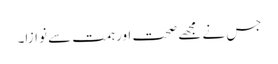
جس نے مجھے صحت اور ہمت سے نوازا۔